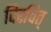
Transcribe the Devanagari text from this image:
विरचित्